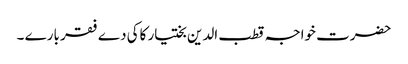
حضرت خواجہ قطب الدین بختیار کاکی دے فقر بارے ۔